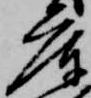
庫